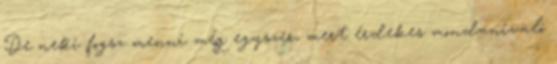
De neki fogsz menni még egyszer, mert érdekes mondanivaló